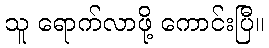
သူ ရောက်လာဖို့ ကောင်းပြီ။